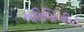
એલિજિબિલિટી